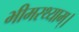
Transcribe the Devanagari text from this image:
भीमरथ्याम्।